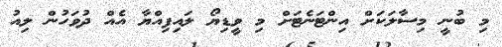
މި ބުނީ މިސާލަކަށް އިންޓަނެޓަށް މި ވީޑިޔޯ ލައިފިއްޔާ އެއް ދުވަހުން ލިއު